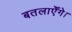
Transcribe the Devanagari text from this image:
बतलाएँगे।